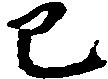
巳